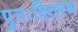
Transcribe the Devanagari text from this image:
पुनःवितरण